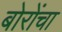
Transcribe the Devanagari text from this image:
बोरोंचा